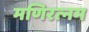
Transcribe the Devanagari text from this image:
मणिरत्‍नम